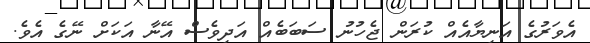
އެވަރުގެ އަނިޔާއެއް ކުރަން ޖެހުނު ސަބަބެއް އަދިވެސް އޭނާ އަކަށް ނޭގެ އެވެ.